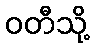
ဝတီသို့